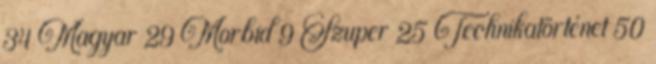
34 Magyar 29 Morbid 9 Szuper 25 Technikatörténet 50